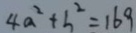
4 a ^ { 2 } + b ^ { 2 } = 1 6 9